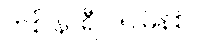
တစ် နာရီ ၁၅ မိနစ်။